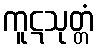
ကူဋသုတ္တံ